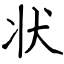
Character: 状